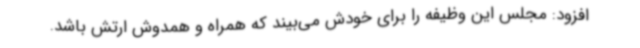
افزود: مجلس این وظیفه را برای خودش می‌بیند که همراه و همدوش ارتش باشد.